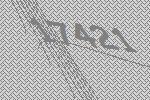
17421